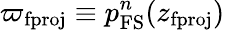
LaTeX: \varpi_{\mathrm{fproj}}\equiv p_{\mathrm{FS}}^{n}(z_{\mathrm{fproj}})